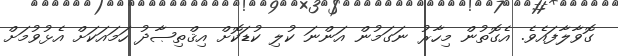
ގޮވާލާފައެވެ. އެގޮތުން މިހާރު ނަގަމުން އަންނަ ކުލި ކުޑަކޮށް އިޤްތިޞާދު ހަމައަކަށް އެޅުވުމަށް